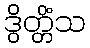
ဒွိတ္တိံသ